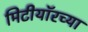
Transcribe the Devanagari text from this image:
मिटीयॉरच्या